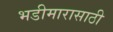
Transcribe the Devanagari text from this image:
भडीमारासाठी